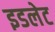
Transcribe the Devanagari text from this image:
इडलेट